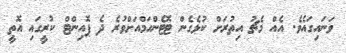
ވަނައިގައެވެ. އެއް މެޗު އިތުރަށް ކުޅެގެން ޓޮޓެންހަމްއަށްވުރެ ދެ ޕޮއިންޓް ކުރީގައި އޮތީ